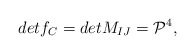
\begin{align*}det f_C = det M_{IJ} = {\cal{P}}^{4},\end{align*}